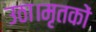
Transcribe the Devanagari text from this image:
उठा।मृतकों